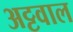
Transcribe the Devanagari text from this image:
अट्टवाल